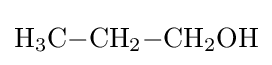
{\mathrm {H} {\vphantom {A}}_{\smash[{t}]{3}}\mathrm {C} {-}\mathrm {CH} {\vphantom {A}}_{\smash[{t}]{2}}{-}\mathrm {CH} {\vphantom {A}}_{\smash[{t}]{2}}\mathrm {OH} }